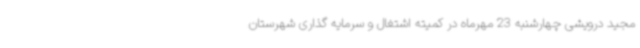
مجید درویشی چهارشنبه 23 مهرماه در کمیته اشتغال و سرمایه گذاری شهرستان